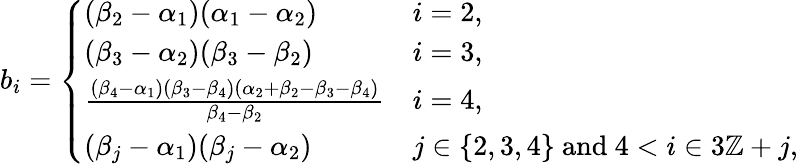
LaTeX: b_{i}=\left\{ \begin{array}{ll}{(\beta_{2}-\alpha_{1})(\alpha_{1}-\alpha_{2})}&{i=2,}\\ {(\beta_{3}-\alpha_{2})(\beta_{3}-\beta_{2})}&{i=3,}\\ {\frac{(\beta_{4}-\alpha_{1})(\beta_{3}-\beta_{4})(\alpha_{2}+\beta_{2}-\beta_{3}-\beta_{4})}{\beta_{4}-\beta_{2}}}&{i=4,}\\ {(\beta_{j}-\alpha_{1})(\beta_{j}-\alpha_{2})}&{j\in\{ 2,3,4\} \mathrm{~and~}4<i\in 3\mathbb{Z}+j,}\end{array}\right.